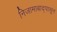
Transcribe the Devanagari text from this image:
निजामाबाद्पासून